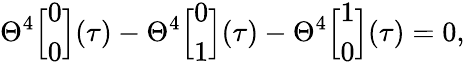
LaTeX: \Theta^{4}\Big[\begin{array}{c}{{0}}\\ {{0}}\end{array}\Big](\tau)-\Theta^{4}\Big[\begin{array}{c}{{0}}\\ {{1}}\end{array}\Big](\tau)-\Theta^{4}\Big[\begin{array}{c}{{1}}\\ {{0}}\end{array}\Big](\tau)=0,